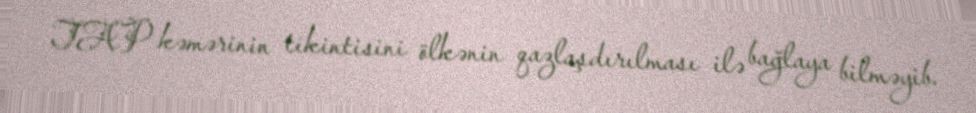
TAP kəmərinin tikintisini ölkənin qazlaşdırılması ilə bağlaya bilməyib.